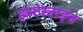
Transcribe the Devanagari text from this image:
इंस्टेस्टाइन